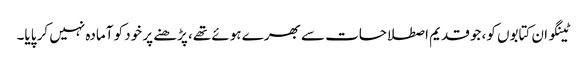
ٹینگو ان کتابوں کو، جو قدیم اصطلاحات سے بھرے ہوئے تھے، پڑھنے پر خود کو آمادہ نہیں کر پایا۔